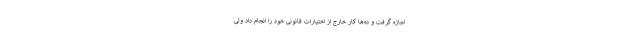
اجازه گرفت و ده‌ها کار خارج از اختیارات قانونی خود را انجام داد ولی